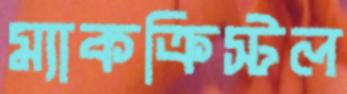
ম্যাকক্রিস্টল